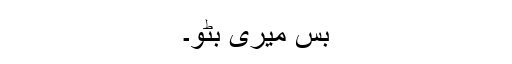
بس میری بِٹو۔